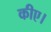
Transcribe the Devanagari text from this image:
कीए।